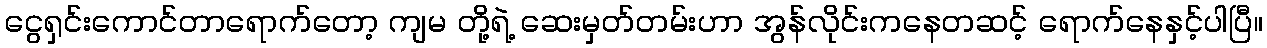
ငွေရှင်းကောင်တာရောက်တော့ ကျမ တို့ရဲ့ ဆေးမှတ်တမ်းဟာ အွန်လိုင်းကနေတဆင့် ရောက်နေနှင့်ပါပြီ။